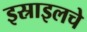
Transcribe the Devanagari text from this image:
इस्राइलचे